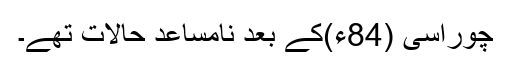
چوراسی (84ء)کے بعد نامساعد حالات تھے۔